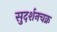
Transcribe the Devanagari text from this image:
सुदर्शनचक्र